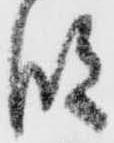
段